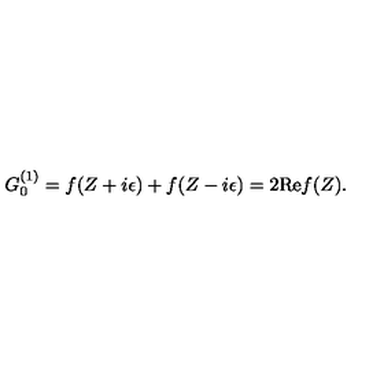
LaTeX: G _ { 0 } ^ { ( 1 ) } = f ( Z + i \epsilon ) + f ( Z - i \epsilon ) = 2 \mathrm { R e } f ( Z ) .